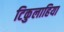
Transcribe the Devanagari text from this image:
टिकुलाहिया